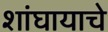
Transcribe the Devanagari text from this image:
शांघायाचे